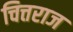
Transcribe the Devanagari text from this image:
चित्तराज